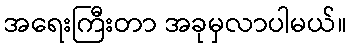
အရေးကြီးတာ အခုမှလာပါမယ်။